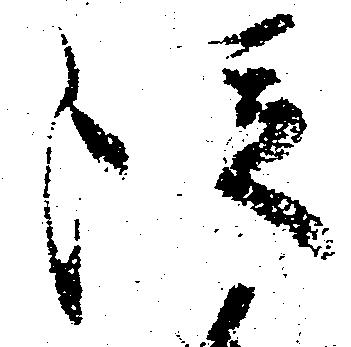
従